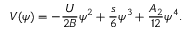
V ( \psi ) = - \frac { U } { 2 B } \psi ^ { 2 } + \frac { s } { 6 } \psi ^ { 3 } + \frac { A _ { 2 } } { 1 2 } \psi ^ { 4 } .